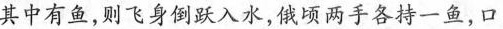
其中有鱼，则飞身倒跃入水。俄顷两手各持一鱼，口